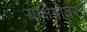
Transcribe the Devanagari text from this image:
याक्षेत्रावर